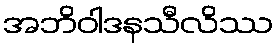
အဘိဝါဒနသီလိဿ